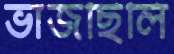
ভাজছিলি